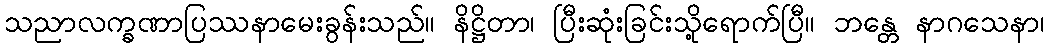
သညာလက္ခဏာပြဿနာမေးခွန်းသည်။ နိဋ္ဌိတာ၊ ပြီးဆုံးခြင်းသို့ရောက်ပြီ။ ဘန္တေ နာဂသေနာ၊